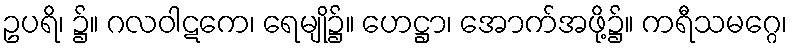
ဥပရိ၊ ၌။ ဂလဝါဋကေ၊ ရေမျို၌။ ဟေဋ္ဌာ၊ အောက်အဖို့၌။ ကရီသမဂ္ဂေ၊